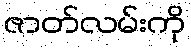
ဇာတ်လမ်းကို